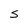
Character: S